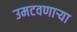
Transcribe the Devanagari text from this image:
उमटवणाऱ्या